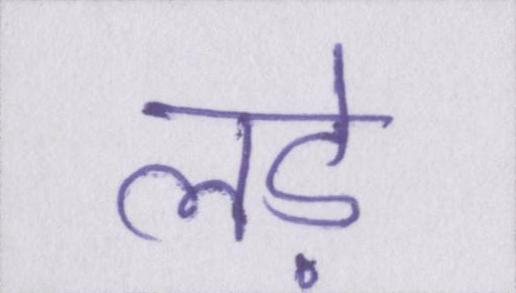
लड़े